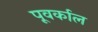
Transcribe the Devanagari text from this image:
पूवर्काल